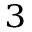
^ 3